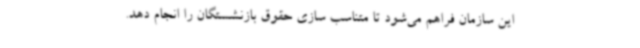
این سازمان فراهم می‌شود تا متناسب سازی حقوق بازنشستگان را انجام دهد.